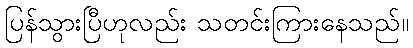
ပြန်သွားပြီဟုလည်း သတင်းကြားနေသည်။